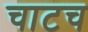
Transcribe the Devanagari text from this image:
चाटच